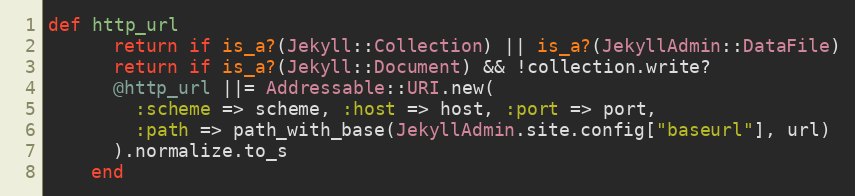
Language: Ruby
def http_url
      return if is_a?(Jekyll::Collection) || is_a?(JekyllAdmin::DataFile)
      return if is_a?(Jekyll::Document) && !collection.write?
      @http_url ||= Addressable::URI.new(
        :scheme => scheme, :host => host, :port => port,
        :path => path_with_base(JekyllAdmin.site.config["baseurl"], url)
      ).normalize.to_s
    end